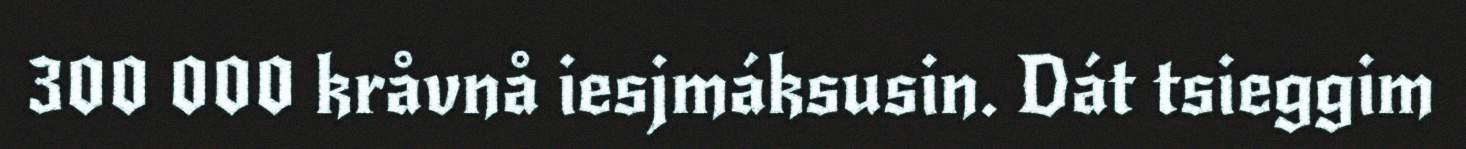
300 000 kråvnå iesjmáksusin. Dát tsieggim